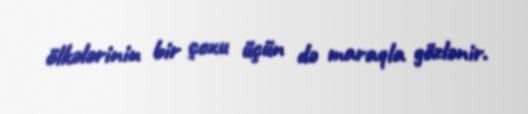
ölkələrinin bir çoxu üçün də maraqla gözlənir.